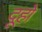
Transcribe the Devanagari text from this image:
दूहो